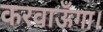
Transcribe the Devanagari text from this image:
करवाऊँगा।